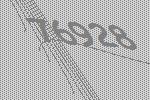
76928